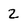
Character: 2